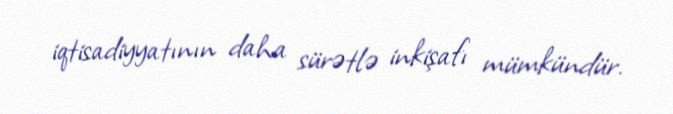
iqtisadiyyatının daha sürətlə inkişafı mümkündür.